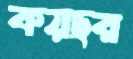
কয়ছর